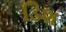
ડિશ